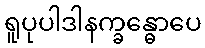
ရူပုပါဒါနက္ခန္ဓောပေ